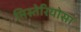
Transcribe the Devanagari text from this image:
मिस्तेरियोसा